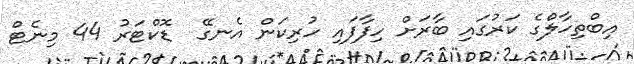
އިބްތިހާލްގެ ކަރުގައި ބާރަށް ހިފާފައި ހުރިކަން އެނގޭ  ޑޮކްޓަރު 44 މިނެޓް